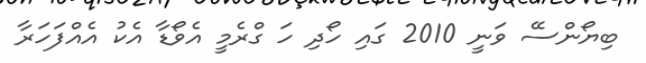
ބިޔޯންސޭ ވަނީ 2010 ގައި ހޯދި ހަ ގްރެމީ އެވޯޑާ އެކު އެއްފަހަރާ